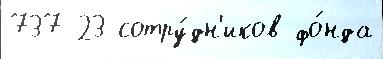
737 23 сотру́дн'иков фо́нда